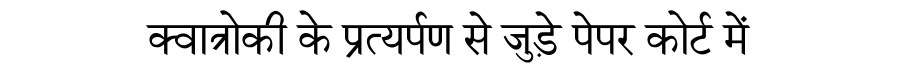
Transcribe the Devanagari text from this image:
क्वात्रोकी के प्रत्यर्पण से जुड़े पेपर कोर्ट में